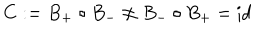
LaTeX: C : = B _ { + } \circ B _ { - } \not = B _ { - } \circ B _ { + } = \mathrm { i d }